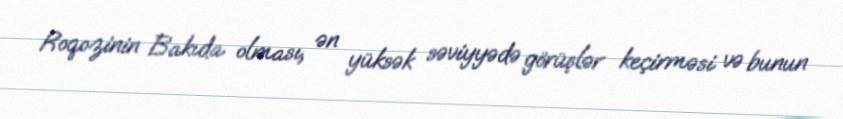
Roqozinin Bakıda olması, ən yüksək səviyyədə görüşlər keçirməsi və bunun